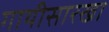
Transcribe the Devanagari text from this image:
गायीसारखा